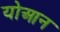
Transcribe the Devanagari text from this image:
योआन